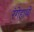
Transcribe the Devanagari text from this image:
रंगेहाथों